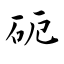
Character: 砈